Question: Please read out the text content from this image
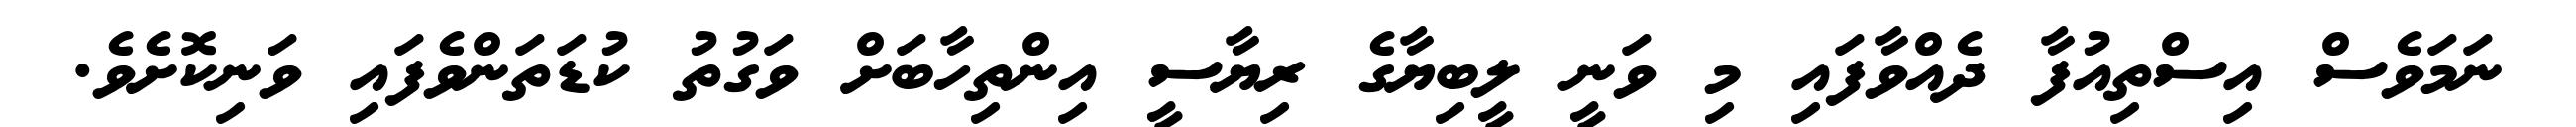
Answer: ނަމަވެސް އިސްތިއުފާ ދެއްވާފައި މި ވަނީ ލީބިޔާގެ ރިޔާސީ އިންތިހާބަށް ވަގުތު ކުޑަތަންވެފައި ވަނިކޮށެވެ.